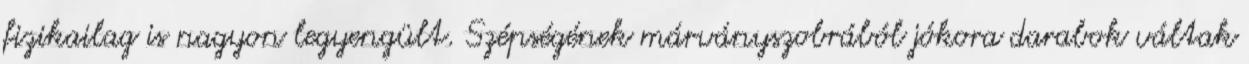
fizikailag is nagyon legyengült. Szépségének márványszobrából jókora darabok váltak